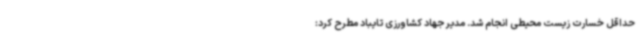
حداقل خسارت زیست محیطی انجام شد. مدیر جهاد کشاورزی تایباد مطرح کرد: